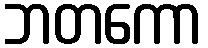
ဘတကော